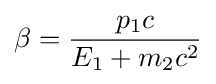
\beta ={\frac {p_{1}c}{E_{1}+m_{2}c^{2}}}